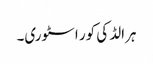
ہرالڈ کی کور اسٹوری۔